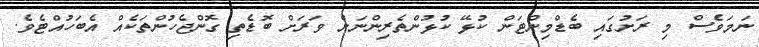
ނަމަވެސް މި ރަށުގައި ބެޑްމިންޓަން ކުޅޭ ކުޅުންތެރިންނަށް ވަރަށް ބޮޑެތި ގޮންޖެހުންތަކެއް އެބަހުއްޓެވެ.